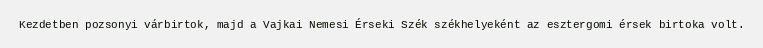
Kezdetben pozsonyi várbirtok, majd a Vajkai Nemesi Érseki Szék székhelyeként az esztergomi érsek birtoka volt.